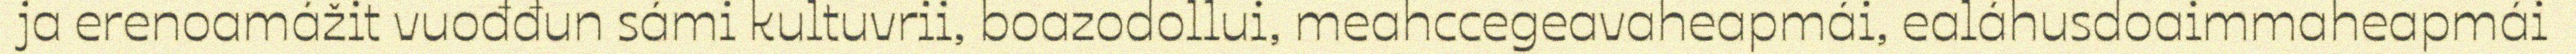
ja erenoamážit vuođđun sámi kultuvrii, boazodollui, meahccegeavaheapmái, ealáhusdoaimmaheapmái